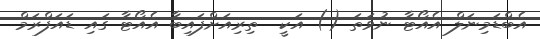
އެބްޑަމިނަލް އެއޯޓާ ނުވަތަ () އަކީ  ތިރިއަށްފައިބާ އެއޯޓާ ގައި ޑައަފްރަމް